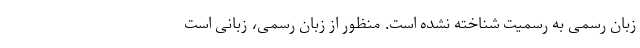
زبان رسمی به رسمیت شناخته نشده است. منظور از زبان رسمی، زبانی است